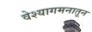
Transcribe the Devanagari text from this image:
वेश्यागमनातून